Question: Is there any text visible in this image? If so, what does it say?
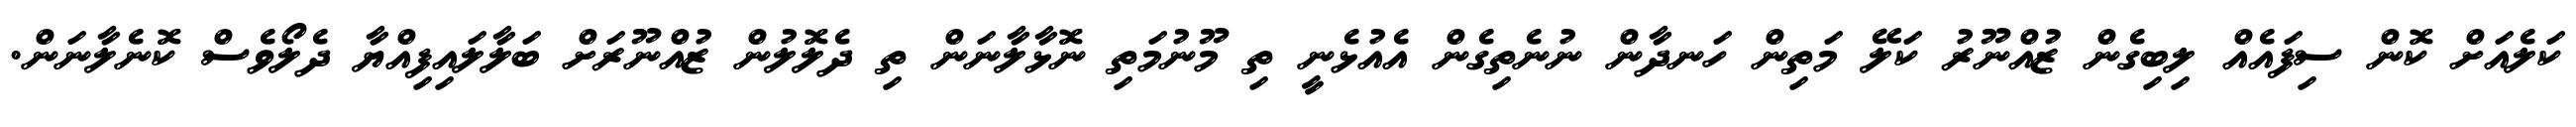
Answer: ކަލެއަށް ކޮން ސިފައެއް ލިބިގެން ޒުއްނޫރު ކަލޭ މަތިން ހަނދާން ނުނެތިގެން އެއުޅެނީ ތި މޫނުމަތި ނޮޅާލާނަން ތި ދެލޮލުން ޒުއްނޫރަށް ބަލާލައިފިއްޔާ ދެލޯވެސް ކޮނެލާނަން.